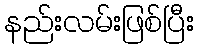
နည်းလမ်းဖြစ်ပြီး